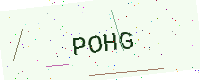
Text: POHG